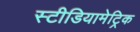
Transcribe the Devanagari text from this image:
स्टीडियामेट्रिक